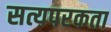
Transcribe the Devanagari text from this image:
सत्यपरकता